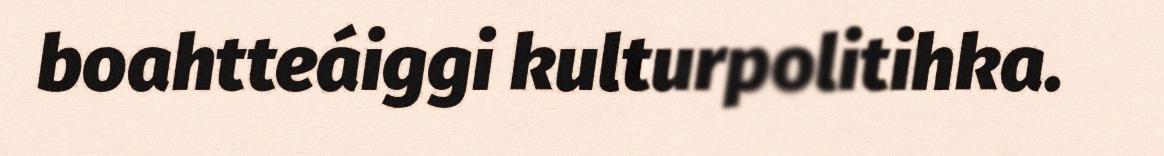
boahtteáiggi kulturpolitihka.